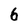
Character: 6